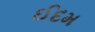
ઈદમ